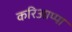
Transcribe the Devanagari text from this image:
करिआप्पा